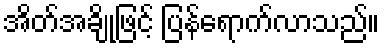
အိတ်အချို့ဖြင့် ပြန်ရောက်လာသည်။